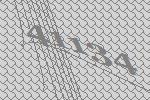
41134